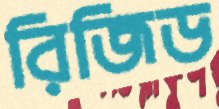
রিজিড